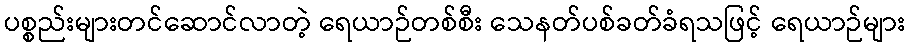
ပစ္စည်းများတင်ဆောင်လာတဲ့ ရေယာဉ်တစ်စီး သေနတ်ပစ်ခတ်ခံရသဖြင့် ရေယာဉ်များ